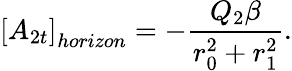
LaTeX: \left[A_{2t}\right]_{horizon}=-\frac{Q_{2}\beta}{r_{0}^{2}+r_{1}^{2}}.